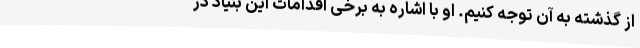
از گذشته به آن توجه کنیم. او با اشاره به برخی اقدامات این بنیاد در